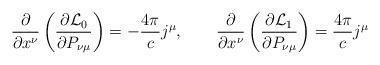
LaTeX: \begin{align*}\frac{\partial}{\partial x^{\nu}}\left( \frac{\partial\mathcal{L}_{0}}{\partial P_{\nu\mu}}\right) =-\frac{4\pi}{c}j^{\mu},\qquad\frac{\partial}{\partial x^{\nu}}\left( \frac{\partial\mathcal{L}_{1}}{\partial P_{\nu\mu}}\right) =\frac{4\pi}{c}j^{\mu} \end{align*}